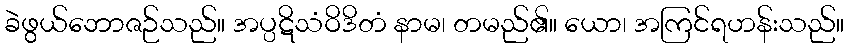
ခဲဖွယ်ဘောဇဉ်သည်။ အပ္ပဋိသံဝိဒိတံ နာမ၊ တမည်၏။ ယော၊ အကြင်ရဟန်းသည်။